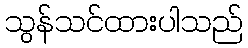
သွန်သင်ထားပါသည်